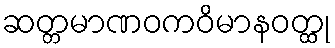
ဆတ္တမာဏဝကဝိမာနဝတ္ထု